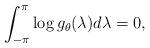
LaTeX: \begin{align*}\int_{-\pi}^{\pi} \log g_\theta(\lambda) d\lambda=0,\end{align*}